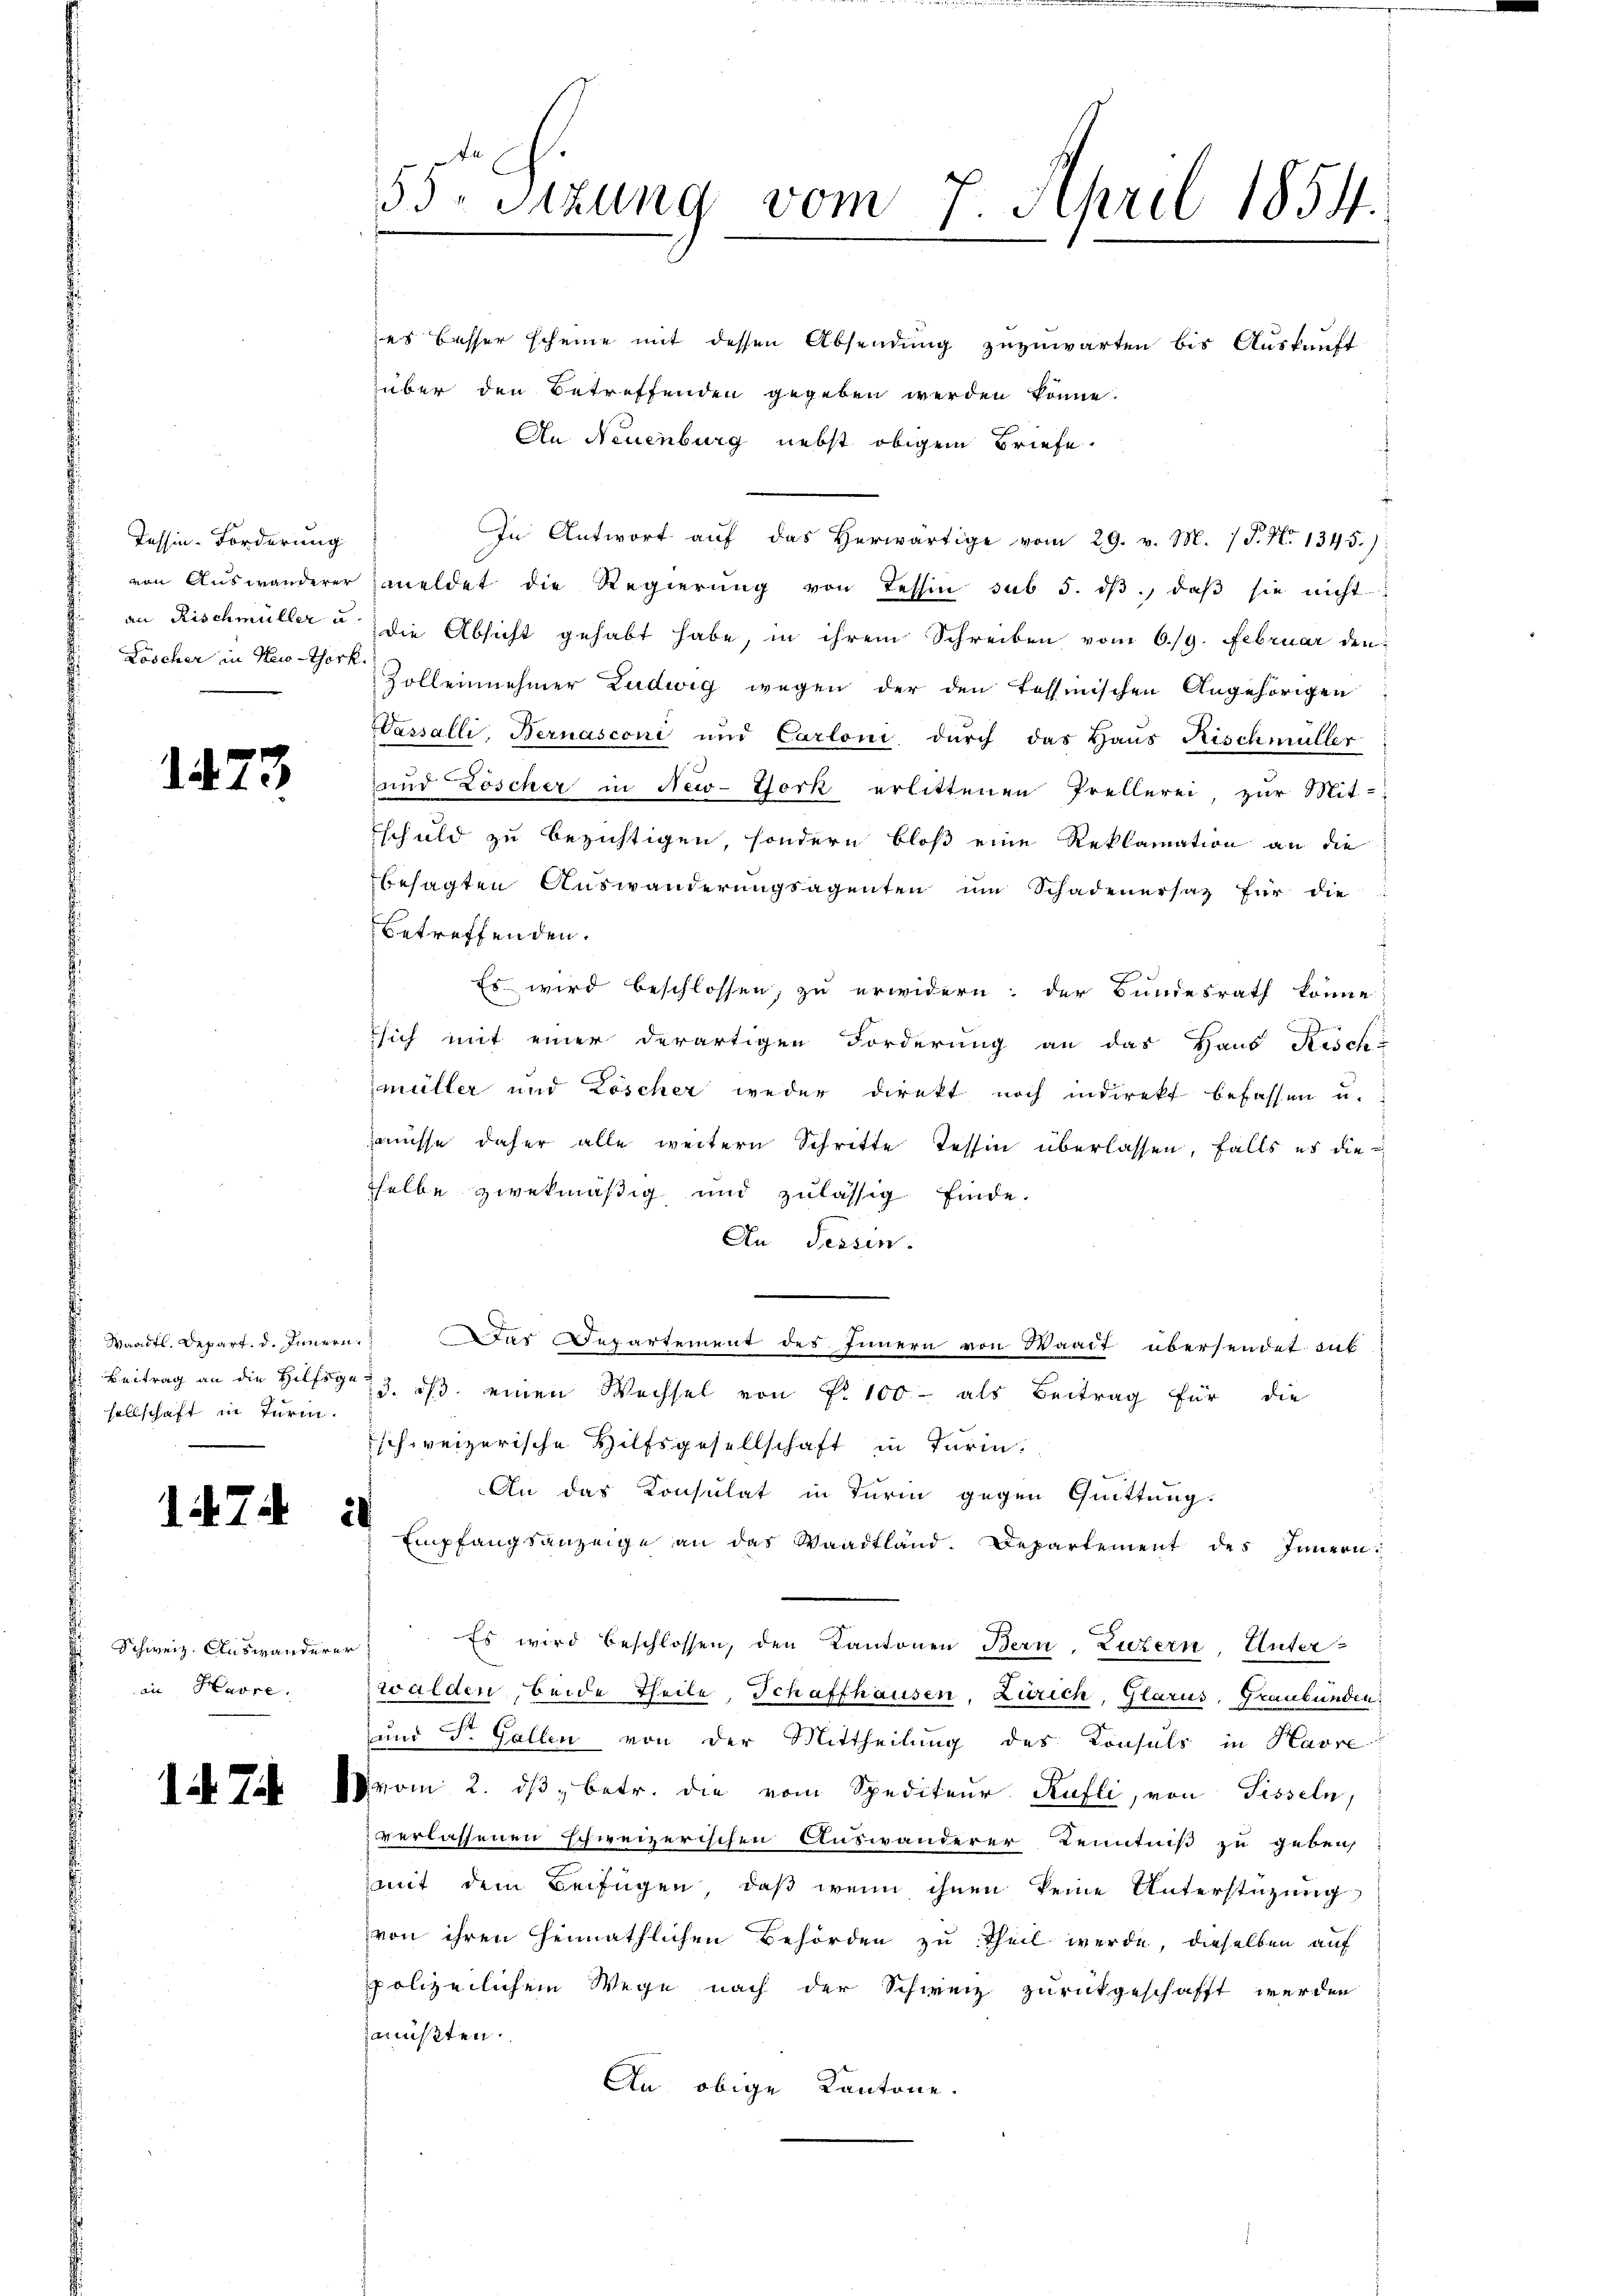
Tessin-Forderung
an Rischmüller u.
Loscher in New-York

1473

Waadt. Depart. d. Innern.
sellschaft in Turm.

1474 21

Schweiz. Auswanderen
in Havre.

1 d. Tit.

55 Sizung vom 7. April 1854.

es besser scheine mit dessen Absendung zuzuwarten bis Auskunft.
über den Betreffenden gegeben werden könne.
An Neuenburg nebst obigem Briefe.
In Antwort aŭf das herwärtige vom 29. v. M. P. Nr. 1345):
von Aŭswanderer meldet die Regierŭng von Tessin sub 5. dβ, daβ sie nicht
die Absicht gehabt habe, in ihrem Schreiben vom 6./9. Februar den
Zollennehmer Ludwig wegen der den Tessinischen Angehörigen
Wassalli, Bernasconi und Carloni dŭrch das Haus Rischmüller
und Zöscher in New-York erlittenen Prellerei, zur Mit-
schuld zu bezichtigen, sondern bloß eine Reklamation an die
besagten Auswanderungsagenten um Schadenersatz für die
betreffenden.
Es wird beschlossen, zu erwidern: der Bundesrath könne;
sich mit einer derartigen Forderung an das Haus Risch
müller und Köscher weder direkt noch indirekt befassen u.
aüsse daher alle weitern Schritte Tessin überlassen, falls es dieselbe zwekmäßig und zulässig finde.
An Tessin.
Dar Departement des Innern von Waadt übersendet sub
Beitrag an die Hilligen 3. dβ einen Wechsel von Fr. 100- als Beitrag für die
schweizerische Hilfsgesellschaft in Turin.
An das Konsulat in Turin gegen Quittung.
Empfangsanzeige an das Waadtland. Departement des Innern
Es wird beschlossen, den Kantonen Bern, Luzern, Unter-
walden, beide Theile Schaffhausen, Zürich, Glarus, Graubünden
und Dr. Gallen von der Mittheilung des Konsuls in Havre
vom 2. dβ betr. die vom Spediteur Rufli, von Tisseln,
verlassenen schweizerischen Auswanderer Kenntniß zu geben,
.
mit dem Beifügen, daß wenn ihnen keine Unterstüzung
von ihren heimathlichen Behörden zu Theil werde, dieselben auf
polizeilichem Wege nach der Schweiz zurückgeschafft werden
müßten.
An obige Kantone.